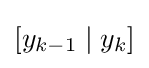
[y_{k-1}\mid y_{k}]